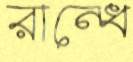
রান্ধে